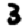
Digit: 3